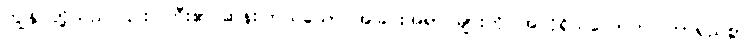
ကျွန်ုပ်တို့သည် ၎င်းဂူကြီး၏ ဆန်းကြယ်သော အခြင်းအရာ များကို၊ အလိုရှိသလောက် ကြာရှည်စွာ